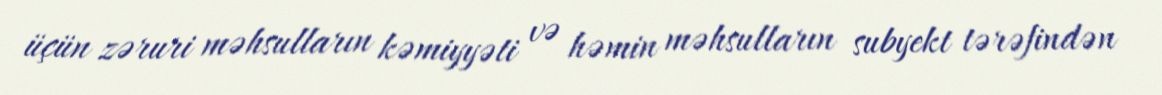
üçün zəruri məhsulların kəmiyyəti və həmin məhsulların subyekt tərəfindən